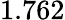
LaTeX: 1.762